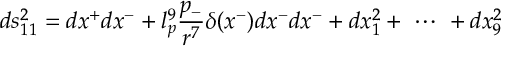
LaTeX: d s _ { 1 1 } ^ { 2 } = d x ^ { + } d x ^ { - } + l _ { p } ^ { 9 } \frac { p _ { - } } { r ^ { 7 } } \delta ( x ^ { - } ) d x ^ { - } d x ^ { - } + d x _ { 1 } ^ { 2 } + \ \cdots \ + d x _ { 9 } ^ { 2 }